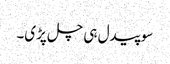
سو پیدل ہی چل پڑی۔